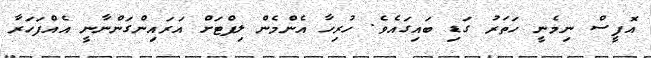
އޮފީސް ނިމެނީ ހަތަރު ގަޑި ބައިގައެވެ. ހުރިހާ އެންމެން ލިފްޓަށް އަރައިންގަންނާނީ އެއްފަހަރާ